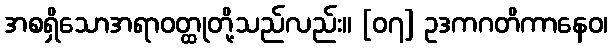
အစရှိသောအရာဝတ္ထုတို့သည်လည်း။ [၀၇] ဥဒကဂတိကာနေဝ၊